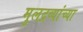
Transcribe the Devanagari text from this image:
मुलद्रव्यांच्या